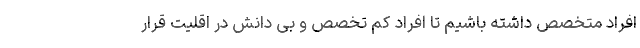
افراد متخصص داشته باشیم تا افراد کم تخصص و بی دانش در اقلیت قرار